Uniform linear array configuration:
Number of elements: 32
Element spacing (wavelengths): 0.5
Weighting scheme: cosine
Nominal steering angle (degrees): -15
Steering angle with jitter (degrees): -15.529
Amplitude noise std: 0.05
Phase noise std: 0.05

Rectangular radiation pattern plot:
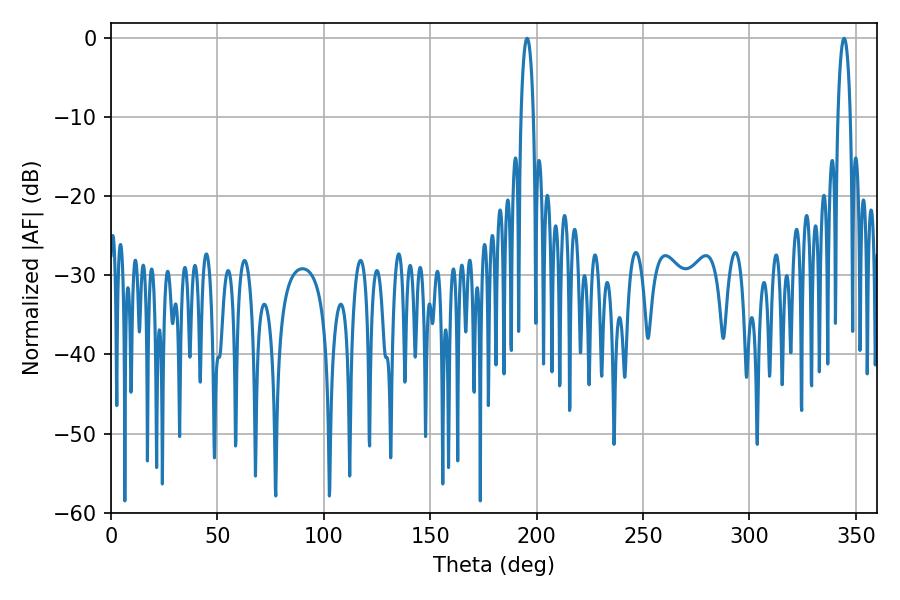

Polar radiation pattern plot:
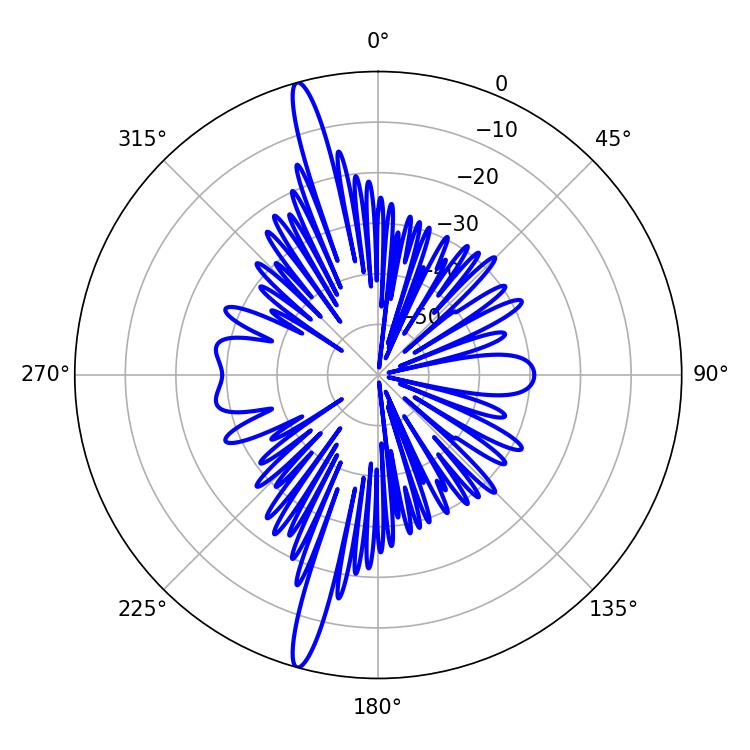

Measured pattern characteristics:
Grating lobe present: FALSE
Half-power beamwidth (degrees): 3.24
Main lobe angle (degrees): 344.52